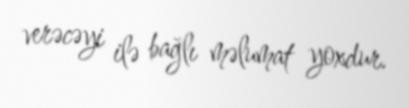
verəcəyi ilə bağlı məlumat yoxdur.